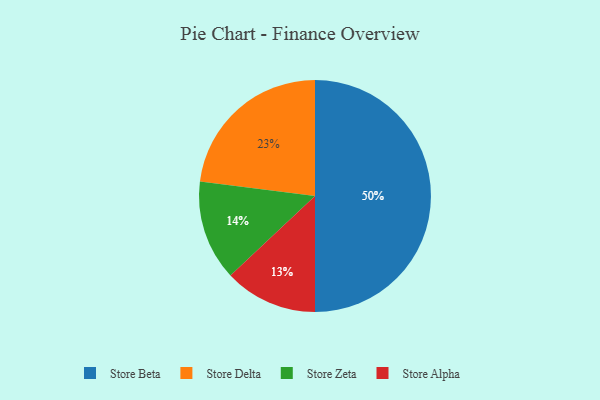
{"axis": {"x": "Category", "y": "Percentage"}, "legend": ["Store Alpha", "Store Beta", "Store Delta", "Store Zeta"], "data": [{"x": "Store Zeta", "y": 14, "type": "Store Zeta"}, {"x": "Store Delta", "y": 23, "type": "Store Delta"}, {"x": "Store Beta", "y": 50, "type": "Store Beta"}, {"x": "Store Alpha", "y": 13, "type": "Store Alpha"}]}